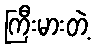
ကြီးမားတဲ့